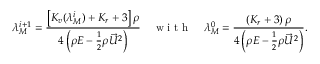
\lambda _ { M } ^ { i + 1 } = \frac { \left[ K _ { v } ( \lambda _ { M } ^ { i } ) + K _ { r } + 3 \right] \rho } { 4 \left( \rho E - \frac { 1 } { 2 } \rho \vec { U } ^ { 2 } \right) } \quad \mathrm { ~ w ~ i ~ t ~ h ~ } \quad \lambda _ { M } ^ { 0 } = \frac { \left( K _ { r } + 3 \right) \rho } { 4 \left( \rho E - \frac { 1 } { 2 } \rho \vec { U } ^ { 2 } \right) } .